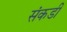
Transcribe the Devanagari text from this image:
संकडी